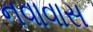
નવાવાસ